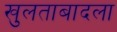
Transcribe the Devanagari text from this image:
खुलताबादला